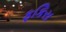
ફકિરા